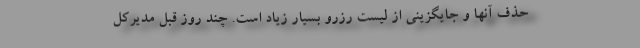
حذف آنها و جایگزینی از لیست رزرو بسیار زیاد است. چند روز قبل مدیرکل